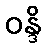
ဝန္ဒိ